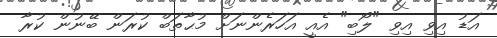
އަޑު އިވި އިވި "ލޯބި" އެއީ އަހަރެންނަށް މުޙާތަބް ކުރަން ބޭނުން ކުރާ